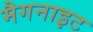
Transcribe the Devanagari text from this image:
मैगनाइट